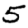
Digit: 5